Annual report on the working of the Harcourt Butler Institute of Public Health, Rangoon
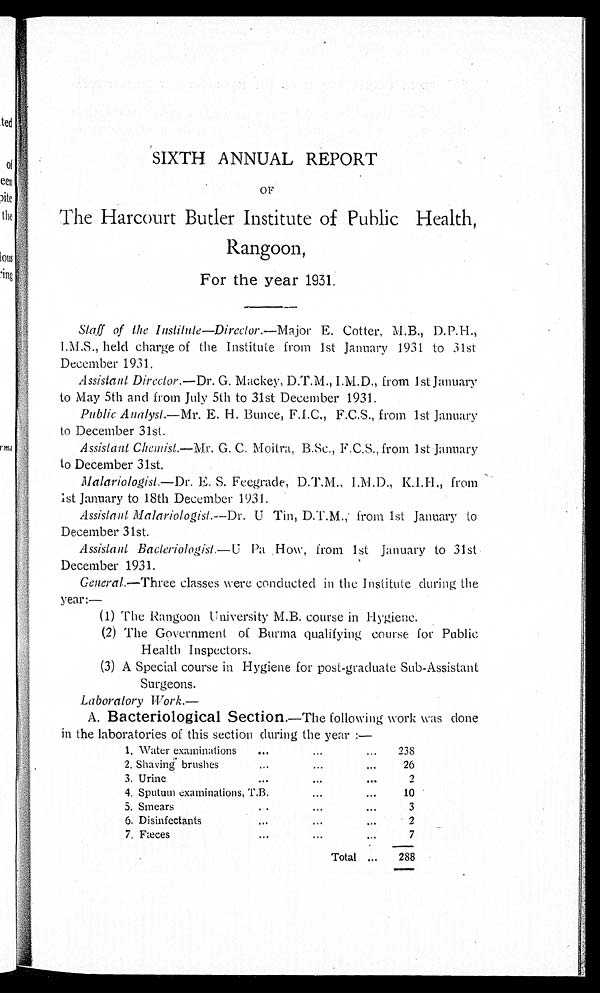
SIXTH ANNUAL REPORT
OF
The Harcourt Butler Institute of Public Health,
Rangoon,
For the year 1931.
Staff of the Institute—Director.— Major E. Cotter. M.B., D.P.H.,
I.M.S., held charge of the Institute from 1st January 1931 to 31st
December 1931.
Assistant Director.—Dr. G. Mackey, D.T.M., I.M.D., from 1st January
to May 5th and from July 5th to 31st December 1931.
Public Analyst.— Mr. E. H. Bunce, F.I.C., F.C.S., from 1st January
to December 31st.
Assistant Chemist.— Mr. G. C. Moitra, B.Sc., F.C.S., from 1st January
to December 31st.
Malariologist.— Dr. E. S. Feegrade, D.T.M., I.M.D., K.I.H., from
1st January to 18th December 1931.
Assistant Malariologist.—Dr. U Tin, D.T.M., from 1st January to
December 31st.
Assistant Bacteriotogist.— U Pa How, from 1st January to 31st
December 1931.
General.—Three classes were conducted in the Institute during the
year:—
(1) The Rangoon University M.B. course in Hygiene.
(2) The Government of Burma qualifying course for Public
Health Inspectors.
(3) A Special course in Hygiene for post-graduate Sub-Assistant
Surgeons.
Laboratory Work.
A. Bacteriological Section .—The following work was done
in the laboratories of this section during the year:—
1. Water examinations . . .
2 3 8
2. Shaving brushes . . .
26
3. Urine . . .
2
4. Sputum examinations, T.B. . . .
10
5. Smears . . .
3
6. Disinfectants . . .
2
7. Fæces . . .
7
Total . . .
288